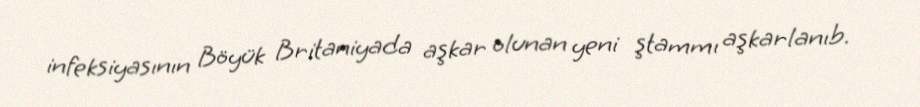
infeksiyasının Böyük Britaniyada aşkar olunan yeni ştammı aşkarlanıb.